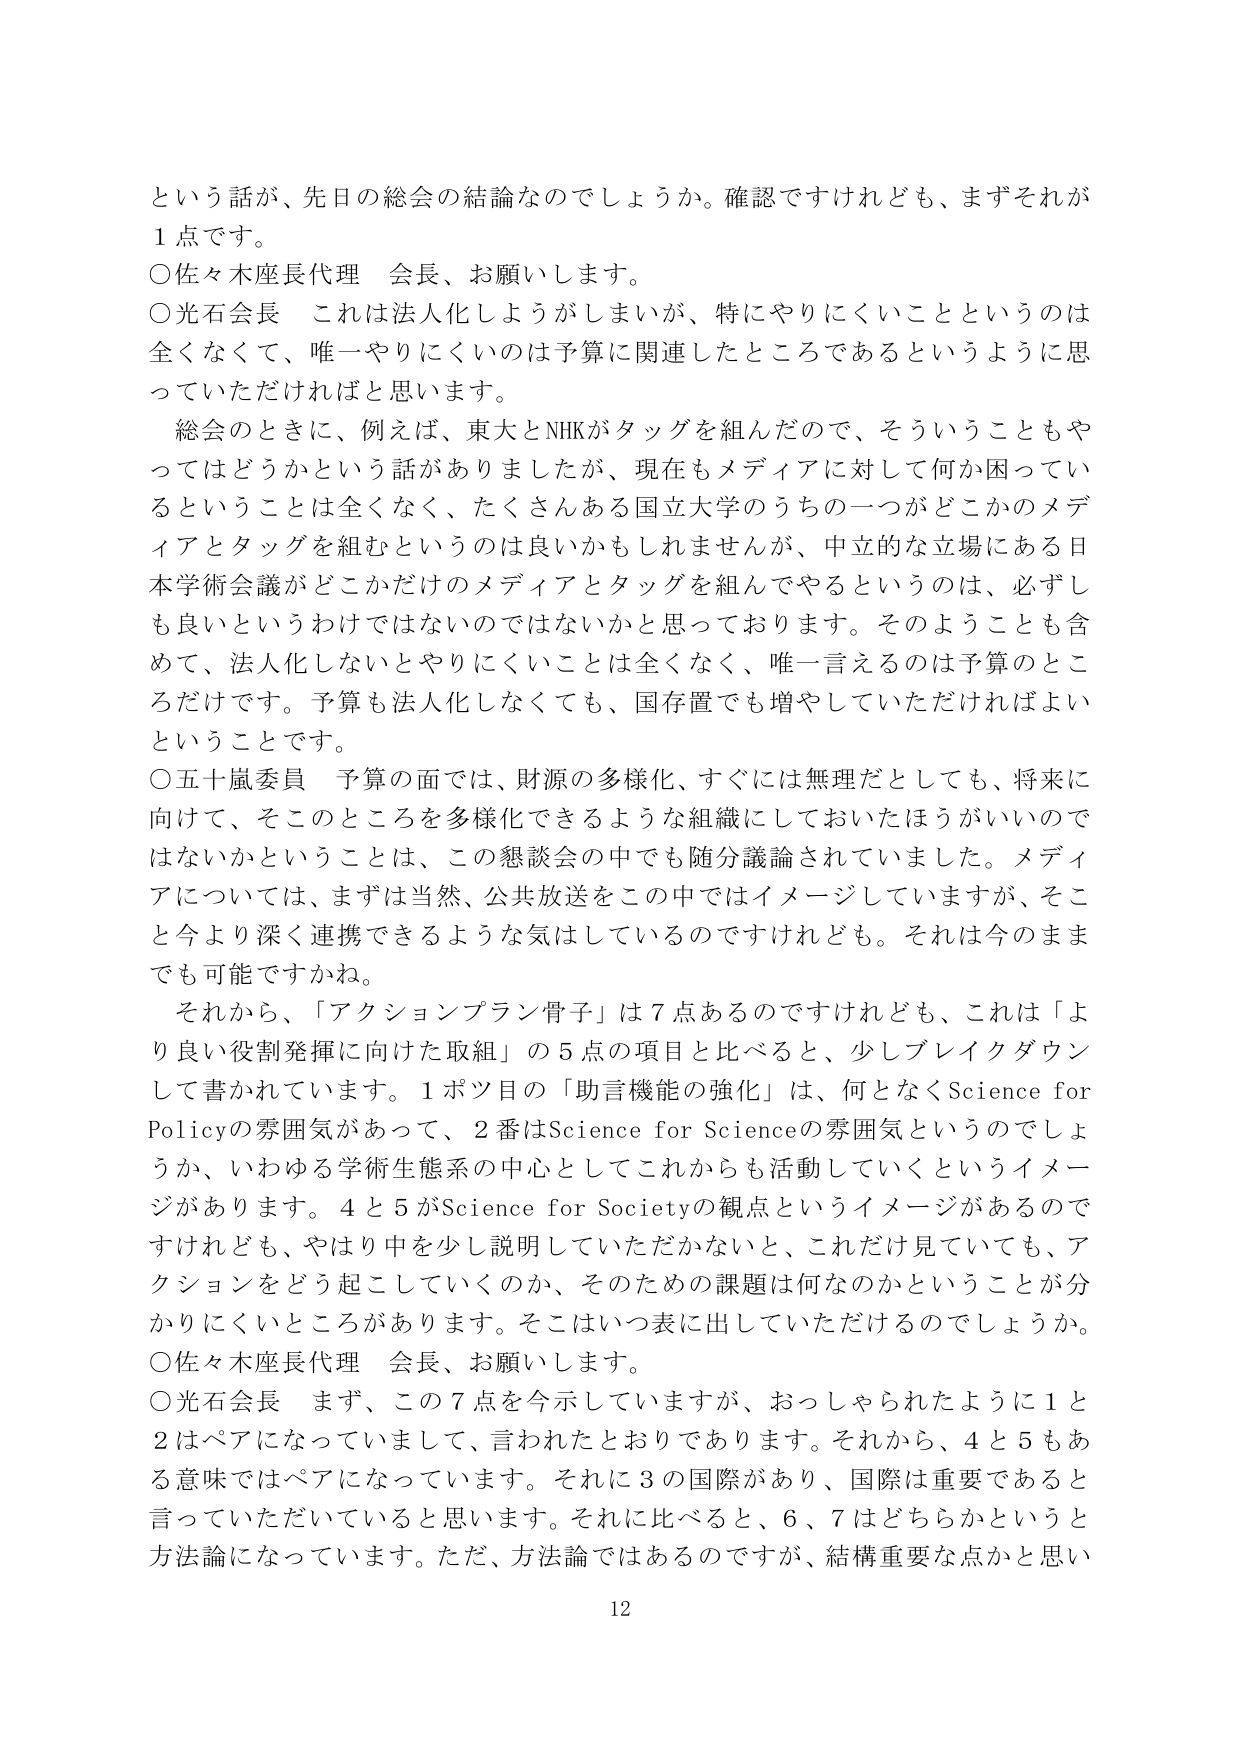
という話が、先日の総会の結論なのでしょうか。確認ですけれども、まずそれが
1点です。
○佐々木座長代理 会長、お願いします。
○光石会長 これは法人化しようがしまいが、特にやりにくいことというのは
全くなくて、唯一やりにくいのは予算に関連したところであるというように思
っていただければと思います。
　総会のときに、例えば、東大とNHKがタッグを組んだので、そういうこともや
ってはどうかという話がありました。が、現在もメディアに対して何か困ってい
るということは全くなく、たくさんある国立大学のうちの一つがどこかのメディ
アとタッグを組むというのは良いかもしれませんが、中立的な立場にある日本学術会議がどこかだけのメディアとタッグを組んでやるというのは、必ずし
も良いというわけではないのではないかと思っております。そのようなことも含
めて、法人化しないとやりにくいことは全くなく、唯一言えるのは予算のとこ
ろだけです。予算も法人化しなくても、国存置でも増やしていただければよい
ということです。
○五十嵐委員 予算の面では、財源の多様化、すぐには無理だとしても、将来に
向けて、そこのところを多様化できるような組織にしておいたほうがいいので
はないかということは、この懇談会の中でも随分議論されていました。メディア
については、まずは当然、公共放送をこの中ではイメージしていますが、そこ
と今より深く連携できるような気はしているのですけれども。それは今のまま
でも可能ですかね。
　それから、「アクションプラン骨子」は7点あるのですけれども、これは「より
良い役割発揮に向けた取組」の5点の項目と比べると、少しブレイクダウン
して書かれています。1ポツ目の「助言機能の強化」は、何となくScience for
Policyの雰囲気があって、2番はScience for Scienceの雰囲気というのでしょう
か、いわゆる学術生態系の中心としてこれからも活動していくというイメージが
あります。4と5がScience for Societyの観点というイメージがあるので
すけれども、やはり中を少し説明していただかないと、これだけ見っていても、ア
クションをどう起こしていくのか、そのための課題は何なのかということが分
かりにくいところがあります。そこはいつ表に出していただけるのでしょうか。
○佐々木座長代理 会長、お願いします。
○光石会長 まず、この7点を今示していますが、おっしゃられたように1と
2はペアになっていまして、言われたとおりであります。それから、4と5もあ
る意味ではペアになっています。それに3の国際があり、国際は重要であると
言っていただいていると思います。それに比べると、6、7はどちらかというと
方法論になっています。ただ、方法論ではあるのですが、結構重要な点かと思い
12